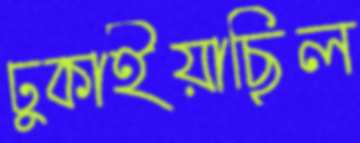
ঢুকাইয়াছিল